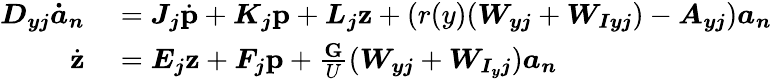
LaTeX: \begin{array}{rl}{\boldsymbol{D_{yj}}\boldsymbol{\dot{a}_{n}}}&{{}=\boldsymbol{J_{j}}\dot{\textbf{p}}+\boldsymbol{K_{j}}\textbf{p}+\boldsymbol{L_{j}}\textbf{z}+(r(y)(\boldsymbol{W_{yj}}+\boldsymbol{W_{Iyj}})-\boldsymbol{A_{yj}})\boldsymbol{a_{n}}}\\ {\dot{\textbf{z}}}&{{}=\boldsymbol{E_{j}}\textbf{z}+\boldsymbol{F_{j}}\textbf{p}+\frac{\textbf{G}}{U}(\boldsymbol{W_{yj}}+\boldsymbol{W_{I_{y}j}})\boldsymbol{a_{n}}}\end{array}